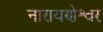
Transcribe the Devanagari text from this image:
नारायणेश्वर